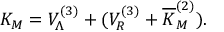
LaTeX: K _ { M } = V _ { \Lambda } ^ { ( 3 ) } + ( V _ { R } ^ { ( 3 ) } + \overline { { K } } _ { M } ^ { ( 2 ) } ) .